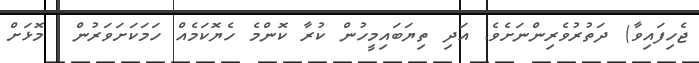
ޖެހިފައިވާ) ދަތުރުވެރިންނަށެވެ. އަދި ތިޔަބައިމީހުން ކުރާ ކޮންމެ ހެޔޮކަމެއް ހަމަކަށަވަރުން  މޮޅަށް